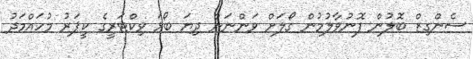
ސެންގިޒް ބޮލުން ފޮނުވާލުމުން ގޯލަށް ވަންނަން ދިޔަ ބޯޅަ ވިކްޓަރީގެ ކީޕަރު މުހައްމަދު